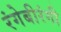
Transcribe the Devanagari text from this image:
रंगेबीरंगी